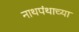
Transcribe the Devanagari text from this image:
नाथपंथाच्या